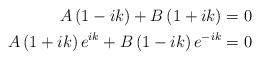
LaTeX: \begin{align*}A\left(1-ik\right)+B\left(1+ik\right) & =0\\A\left(1+ik\right)e^{ik}+B\left(1-ik\right)e^{-ik} & =0\end{align*}